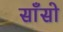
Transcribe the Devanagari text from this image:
साँसो